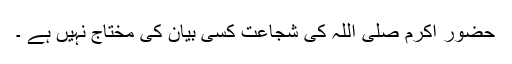
حضور اکرم صلی اللہ کی شجاعت کسی بیان کی مختاج نہیں ہے ۔